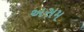
અસમ